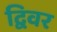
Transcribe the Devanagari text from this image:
द्विवर